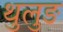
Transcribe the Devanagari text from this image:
थुलुङ